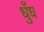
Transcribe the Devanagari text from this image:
धुँध